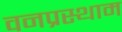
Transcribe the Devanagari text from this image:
वनप्रस्थाम